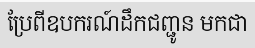
ប្រែពីឧបករណ៍ដឹកជញ្ជូន មកជា